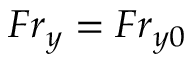
F r _ { y } = F r _ { y 0 }